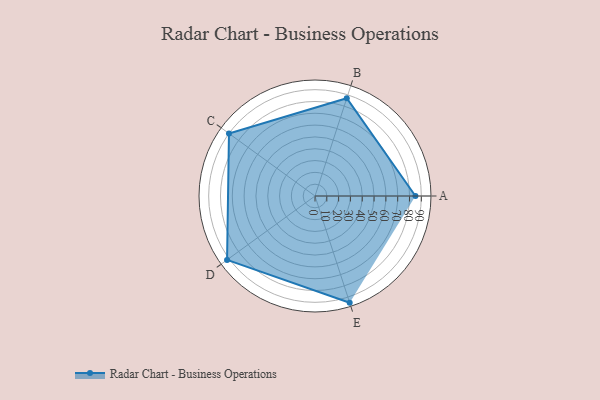
{"axis": {"x": "Skill", "y": "Score"}, "legend": ["Profile"], "data": [{"x": "A", "y": 85.0, "type": "Profile"}, {"x": "B", "y": 87.0, "type": "Profile"}, {"x": "C", "y": 90.0, "type": "Profile"}, {"x": "D", "y": 92.0, "type": "Profile"}, {"x": "E", "y": 95.0, "type": "Profile"}]}